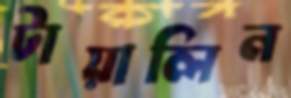
টায়ালিন